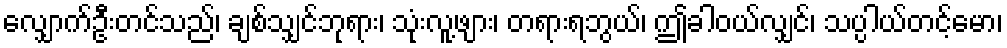
လျှောက်ဦးတင်သည်၊ ချစ်သျှင်ဘုရား၊ သုံးလူ့ဖျား၊ တရားရဘွယ်၊ ဤခါဝယ်လျှင်၊ သပ္ပါယ်တင့်မော၊